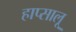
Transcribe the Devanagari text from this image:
हाप्सालू